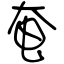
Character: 奄